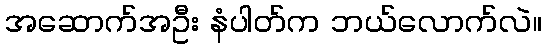
အဆောက်အဦး နံပါတ်က ဘယ်လောက်လဲ။